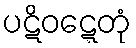
ပဋိဝဋ္ဋေတုံ